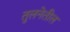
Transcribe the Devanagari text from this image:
तुलनेतील